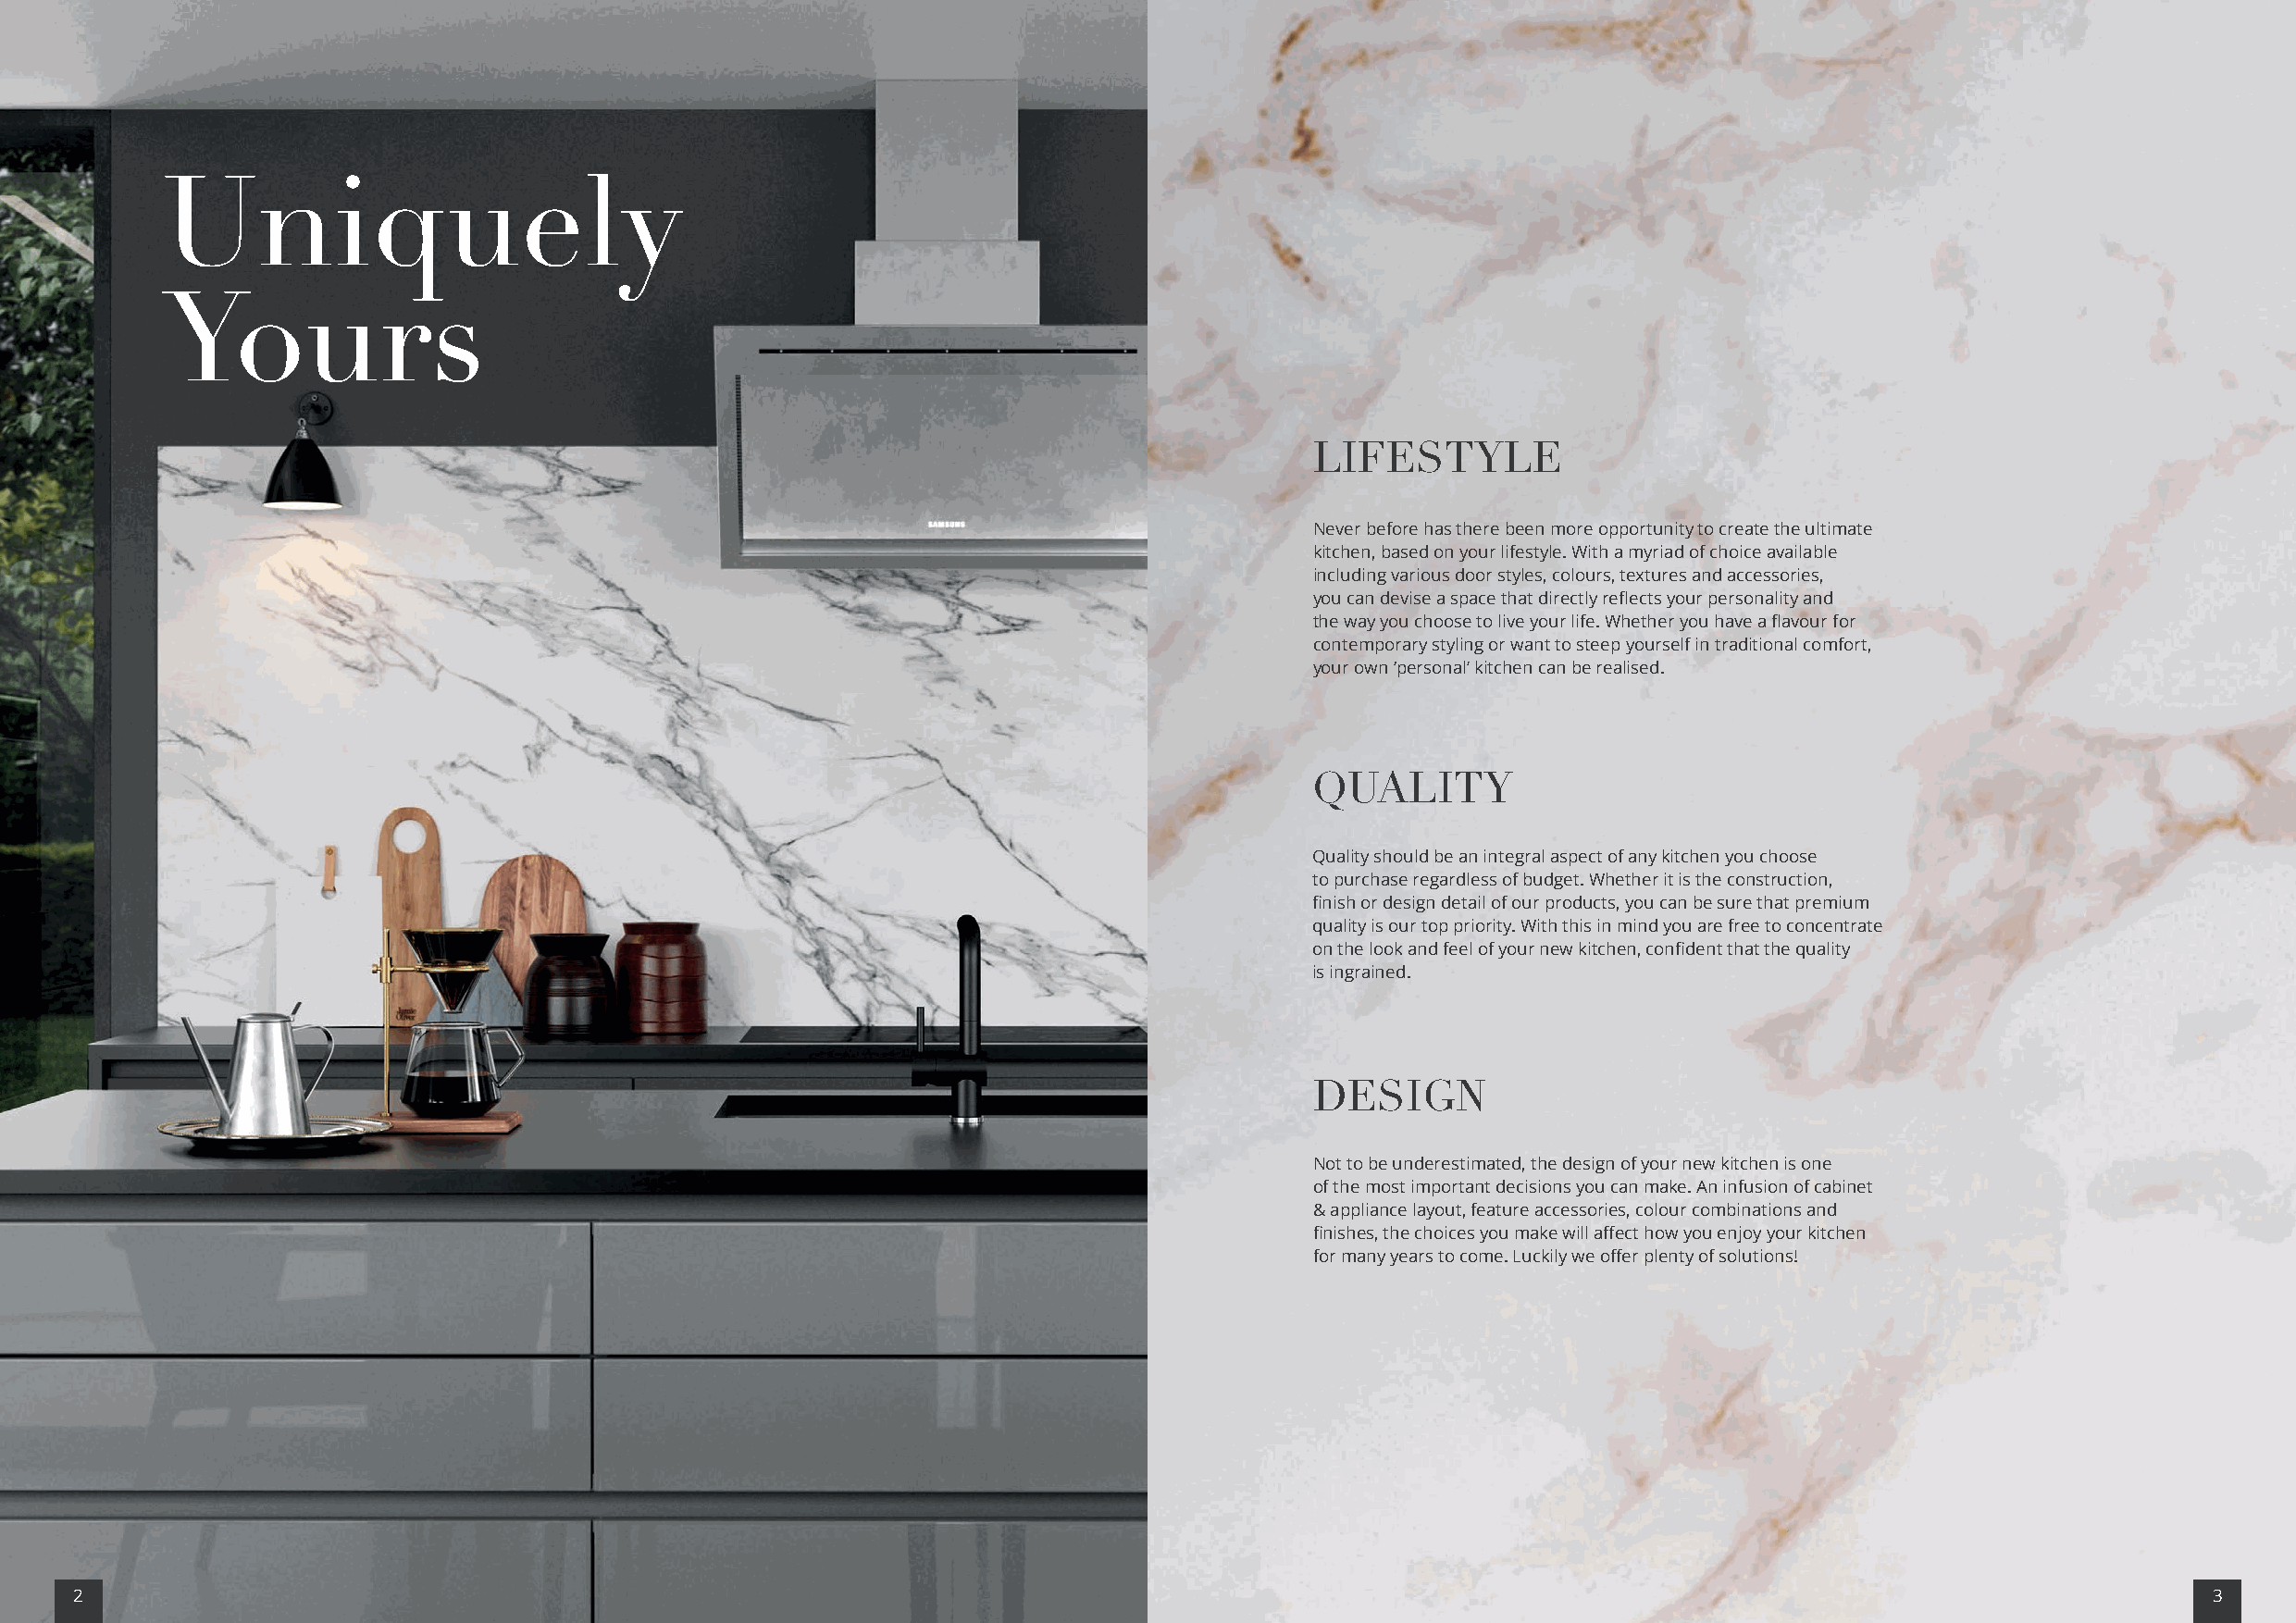
Uniquely
 Yours
 LIFESTYLE
 Never before has there been more opportunity to create the ultimate
 kitchen, based on your lifestyle. With a myriad of choice available
 including various door styles, colours, textures and accessories,
 you can devise a space that directly reflects your personality and
 the way you choose to live your life. Whether you have a flavour for
 contemporary styling or want to steep yourself in traditional comfort,
 your own ‘personal’ kitchen can be realised.
 QUALITY
 Quality should be an integral aspect of any kitchen you choose
 to purchase regardless of budget. Whether it is the construction,
 finish or design detail of our products, you can be sure that premium
 quality is our top priority. With this in mind you are free to concentrate
 on the look and feel of your new kitchen, confident that the quality
 is ingrained.
 DESIGN
 Not to be underestimated, the design of your new kitchen is one
 of the most important decisions you can make. An infusion of cabinet
 & appliance layout, feature accessories, colour combinations and
 finishes, the choices you make will affect how you enjoy your kitchen
 for many years to come. Luckily we offer plenty of solutions!
 2                                                                                                                                                        3